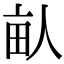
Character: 畒